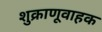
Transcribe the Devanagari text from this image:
शुक्राणूवाहक